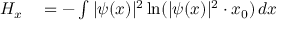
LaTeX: \begin{array} { r l } { H _ { x } } & { { } = - \int | \psi ( x ) | ^ { 2 } \ln ( | \psi ( x ) | ^ { 2 } \cdot x _ { 0 } ) \, d x } \end{array}